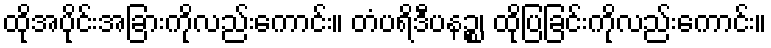
ထိုအပိုင်းအခြားကိုလည်းကောင်း။ တံပရိဒီပနဉ္စ၊ ထိုပြခြင်းကိုလည်းကောင်း။